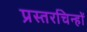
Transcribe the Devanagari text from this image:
प्रस्तरचिन्हों